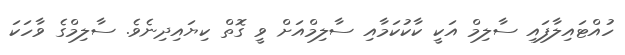
ހުއްޓައިލާފައި ސާލިމް އަކީ ކާކުކަމާއި ސާލިމްއަށް ވީ ގޮތް ކިޔައިދިނެވެ. ސާލިމްގެ ވާހަކަ